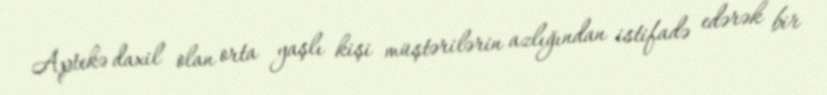
Aptekə daxil olan orta yaşlı kişi müştərilərin azlığından istifadə edərək bir